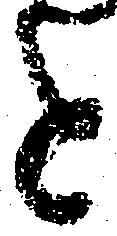
と